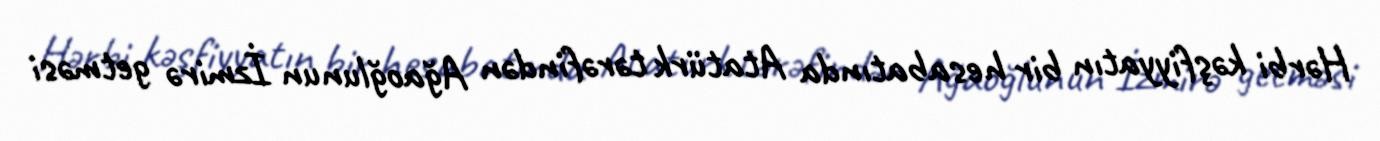
Hərbi kəşfiyyatın bir hesabatında Atatürk tərəfindən Ağaoğlunun İzmirə getməsi